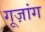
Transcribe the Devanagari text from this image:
गूज़ांग